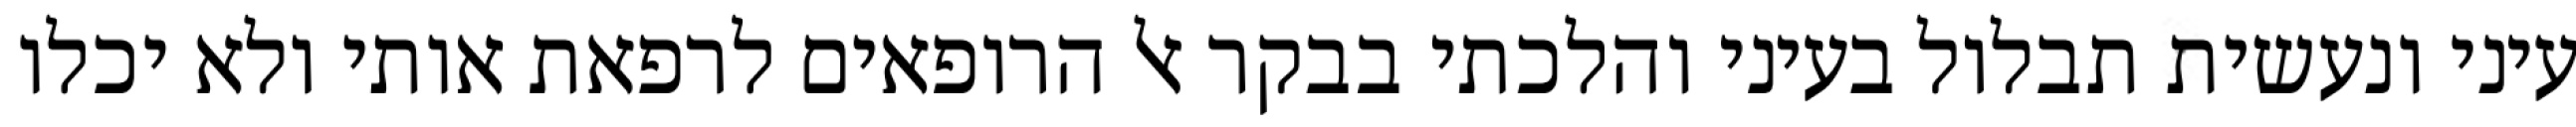
עיני ונעשית תבלול בעיני והלכתי בבקר אל הרופאים לרפאת אותי ולא יכלו